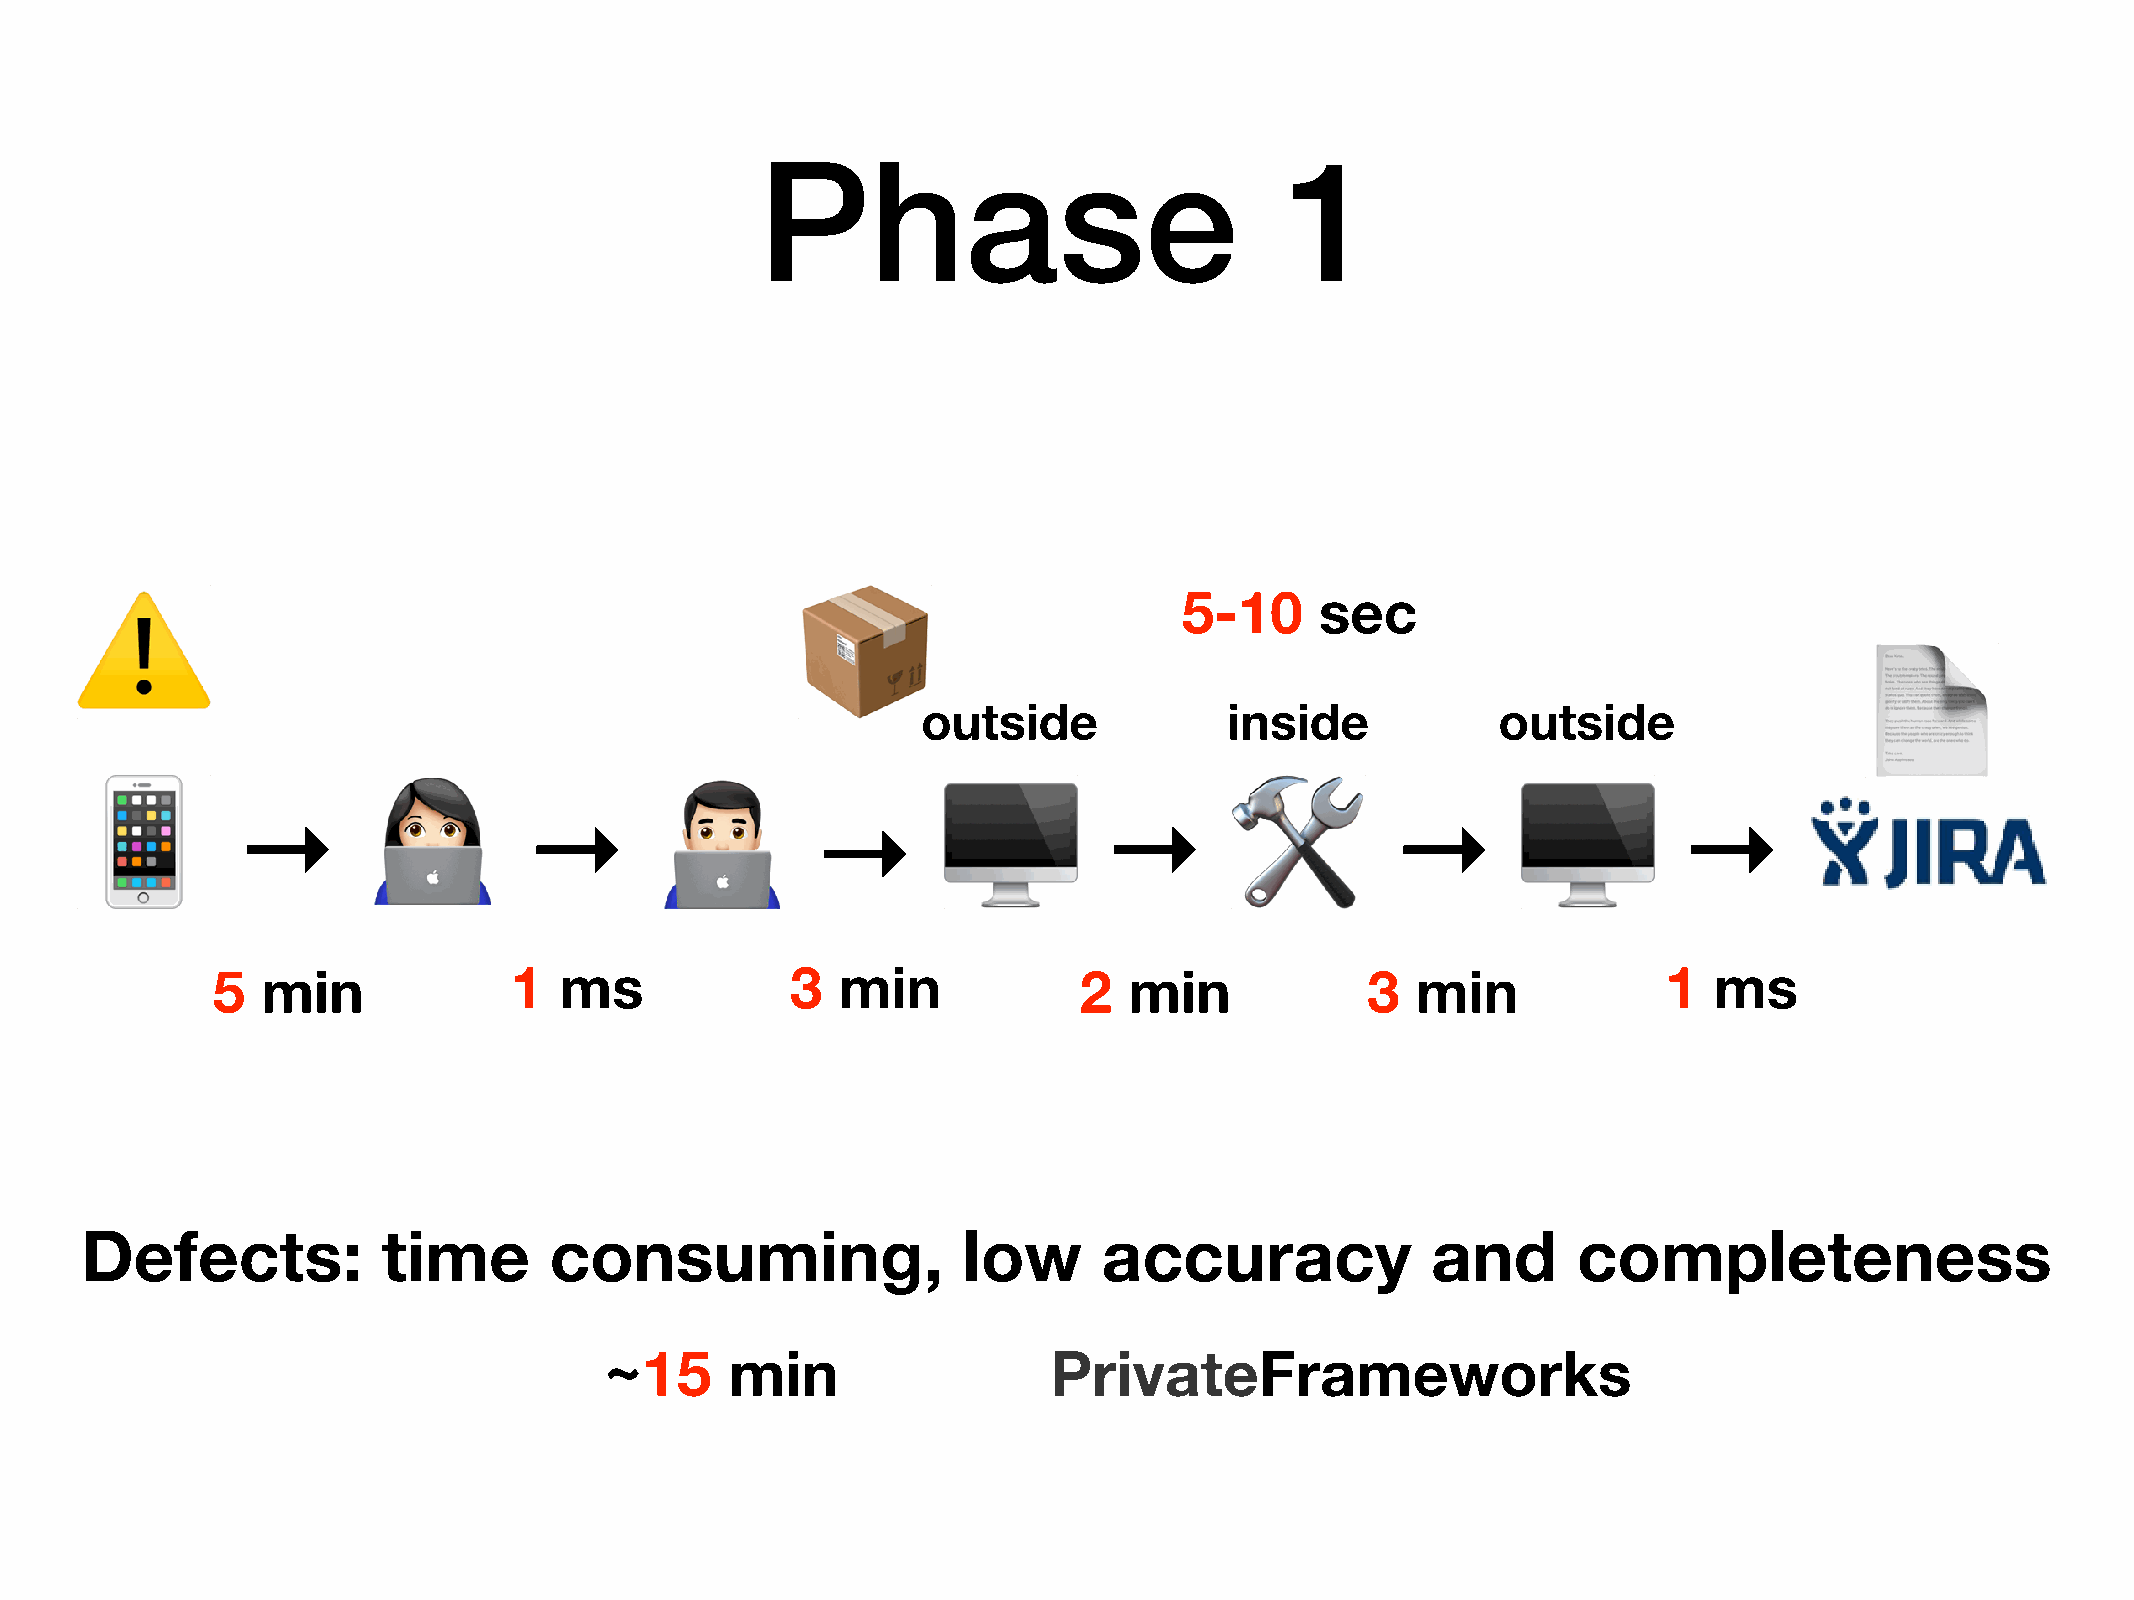
Phase                              1
 5-10     sec
 ⚠                                               📦
 📄
 outside             inside            outside
 📱          →       !          →       "          →       🖥          →        🛠         →        🖥         →
 5  min              1  ms             3  min             2   min            3   min             1  ms
 Defects:            time       consuming,                  low      accuracy              and      completeness
 ~15     min                   PrivateFrameworks